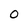
Character: 0